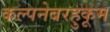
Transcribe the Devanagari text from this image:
कल्पनेबरहुकूम